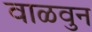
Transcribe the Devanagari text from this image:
वाळवुन